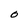
Character: O